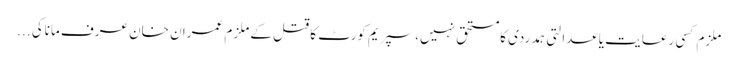
ملزم کسی رعایت یاعدالتی ہمدردی کامستحق نہیں،سپریم کورٹ کا قتل کے ملزم عمران خان عرف ماناکی ...